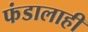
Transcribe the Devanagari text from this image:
फंडालाही